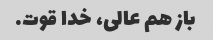
باز هم عالی، خدا قوت.